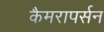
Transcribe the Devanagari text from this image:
कैमरापर्सन